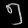
Digit: ၅